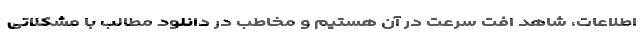
اطلاعات، شاهد اُفت سرعت در آن هستیم و مخاطب در دانلود مطالب با مشکلاتی